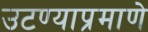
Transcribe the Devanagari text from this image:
उटण्याप्रमाणे